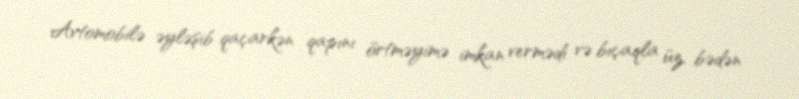
Avtomobilə əyləşib qaçarkən qapını örtməyimə imkan vermədi və bıçaqla üz, bədən